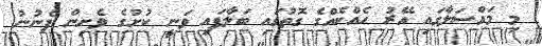
މި މައްސަލާގައި އޭރު ހެއްކެއްގެ ގޮތުގައި ބަލާފައި ވަނީ ކުށުގެ ވެށިން ފެނުނު